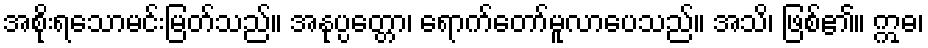
အစိုးရသောမင်းမြတ်သည်။ အနုပ္ပတ္တော၊ ရောက်တော်မူလာပေသည်။ အသိ၊ ဖြစ်၏။ ဣဓ၊